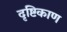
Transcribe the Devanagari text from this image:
दृष्टिकाण